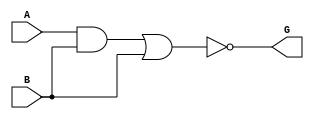
// Verilog
// false_path
// Ninputs 3
// Noutputs 1
// NtotalGates 2
// NAND2 1
// OR2 1

module falsepath (A,B,G);

input A,B;

output G;

wire F;

and AND2_1 (F, A, B);
nor OR2_1 (G, F, B);

endmodule